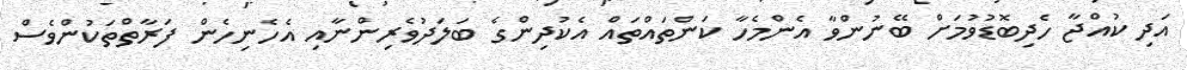
އަދި ކުއްޖާ ހެދިބޮޑުވުމަށް ބޭނުންވާ އެންމެހާ ކަންތައްތައް އެކުދިންގެ ބަލަދުވެރިންނާއި އެހެނިހެން ފަރާތްތަކުންވެސް